Civil Veterinary Department. United Provinces 1932-42 - 1932-1942
Year: 1932
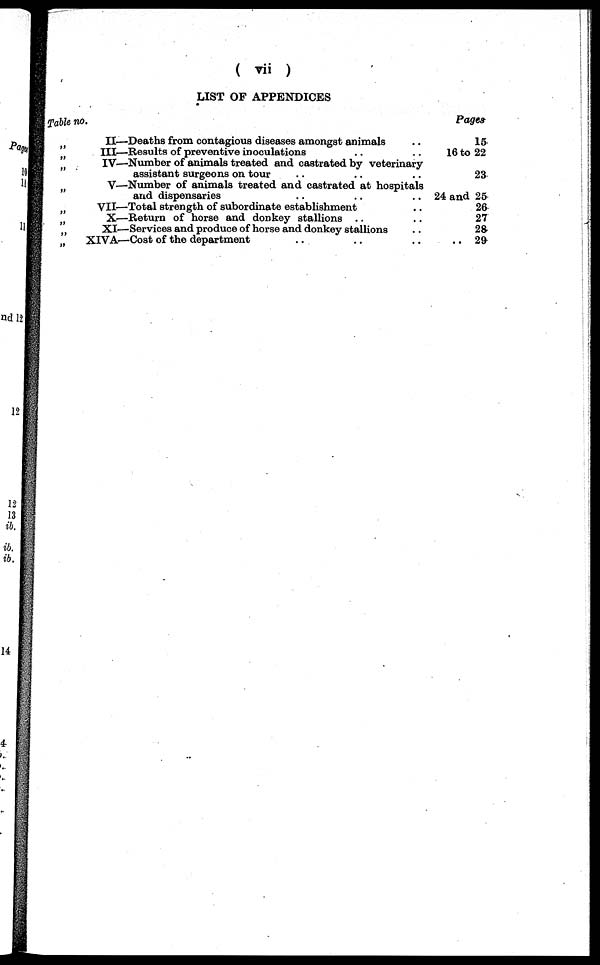
(vii)
LIST OF APPENDICES
fable no.
„
„
„
„
„
„
II—Deaths from contagious diseases amongst animals ..
III—Results of preventive inoculations .. ..
IV—Number of animals treated and castrated by veterinary
assistant surgeons on tour .. .. ..
V—Number of animals treated and castrated at hospitals
and dispensaries .. .. ..
VII—Total strength of subordinate establishment ..
X—Return of horse and donkey stallions .. ..
XI—Services and produce of horse and donkey stallions ..
XIVA—Cost of the department .. .. ..
Pages
15
16 to 22
23
24 and 25
26
27
28
.. 29